Civil Veterinary Dept. Bombay admin report 1923-31 - 1923-1931
Year: 1923
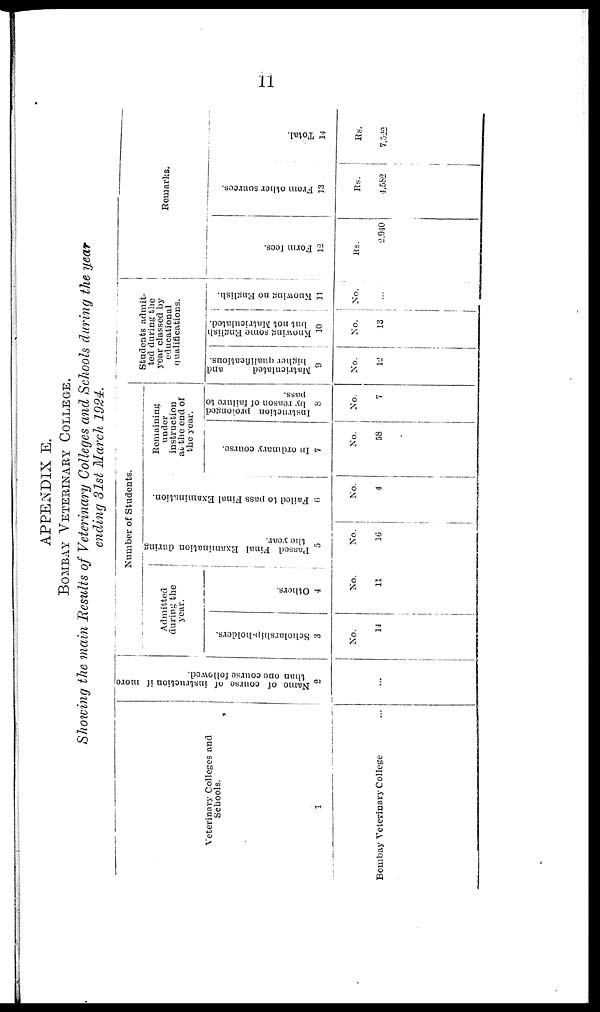
11
APPENDIX E.
BOMBAY
VETERINARY
COLLEGE..
Showing the main Results of Veterinary Colleges and Schools during the year
ending 31st March 1924.
Veterinary Colleges and
Schools.
1
Bombay Veterinary College ...
Name of course of instruction if more
than one course followed.
2
...
Number of Students.
Admitted
during the
year.
Scholarship-holders.
3
No.
14
Others.
4
No.
11
Passed Final Examination during
the year.
5
No.
16
Failed to pass Final Examination.
6
No.
4
Remaining
under
instruction
at the end of
the year.
In ordinary course.
7
No.
58
Instruction prolonged
by reason of failure to
pass.
8
No.
7
Students admit-
ted during the
year classed by
educational
qualifications.
Matriculated
and
higher qualifications.
9
No.
12
Knowing some English
but not Matriculated.
10
No.
13
Knowing no English.
11
No.
...
Remarks.
Form fees.
12
Rs.
2,940
From
other
sources.
13
Rs.
4,582
Total.
14
Rs.
7,522